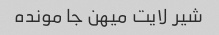
شیر لایت میهن جا مونده